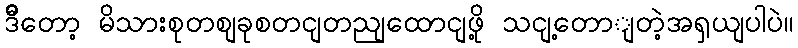
ဒီိတော့ မိသားစုတစျခုစတငျတညျထောငျဖို့ သငျ့တောျတဲ့အရှယျပါပဲ။